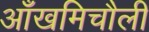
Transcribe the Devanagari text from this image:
आँखमिचौली